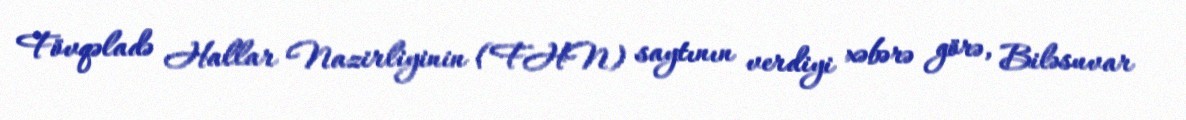
Fövqəladə Hallar Nazirliyinin (FHN) saytının verdiyi xəbərə görə, Biləsuvar